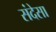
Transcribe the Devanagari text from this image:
संदेसा